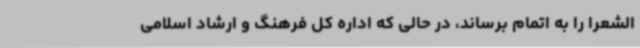
الشعرا را به اتمام برساند، در حالی که اداره کل فرهنگ و ارشاد اسلامی